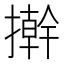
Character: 擀